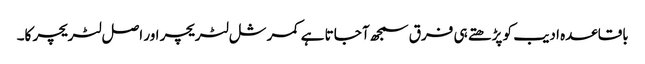
باقاعدہ ادیب کو پڑھتے ہی فرق سمجھ آ جاتا ہے کمرشل لٹریچر اور اصل لٹریچر کا۔